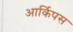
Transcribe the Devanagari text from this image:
आर्किपस